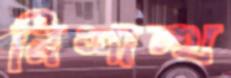
নিশান্থ